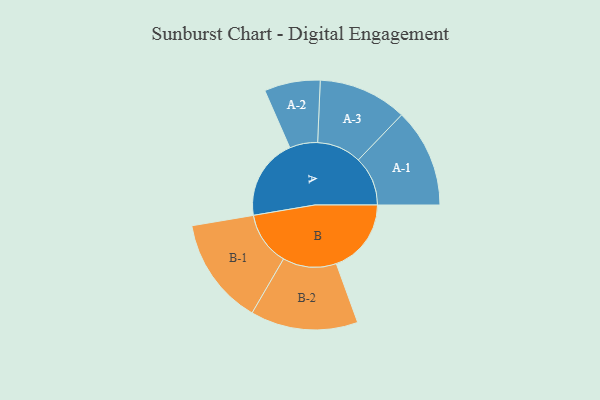
{"axis": {"x": "Segment", "y": "Value"}, "legend": ["", "A", "B"], "data": [{"x": "A", "y": 337, "type": ""}, {"x": "B", "y": 311, "type": ""}, {"x": "A-1", "y": 205, "type": "A"}, {"x": "A-2", "y": 116, "type": "A"}, {"x": "A-3", "y": 184, "type": "A"}, {"x": "B-1", "y": 223, "type": "B"}, {"x": "B-2", "y": 223, "type": "B"}]}